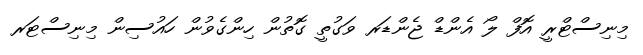
މިނިސްޓްރީ އޮފް ލޯ އެންޑް ޖެންޑަރ ވަގުތީ ގޮތުން ހިންގެވުން ހައުސިން މިނިސްޓަރ